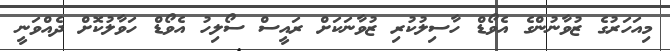
މިއަހަރުގެ ޒުވާނުންގެ އެވޯޑް ހާސިލުކުރި ޒުވާނަކަށް ރައީސް ސޯލިހު އެވޯޑް ހަވާލުކޮށް ދެއްވަނީ